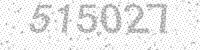
Solution: 515027